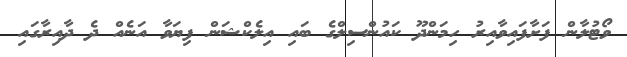
ވޯޓުލާން ފަށާފައިވާއިރު ހިމަންދޫ ކައުންސިލްގެ ބައި އިލެކްޝަން ފިޔަވާ އަނެއް ދެ ދާއިރާގައި